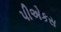
પીએકસ